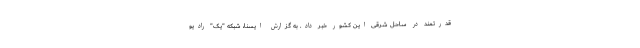
قدرتمند در ساحل شرقی این کشور خبر داد. به گزارش ایسنا، شبکه "یک" رادیو